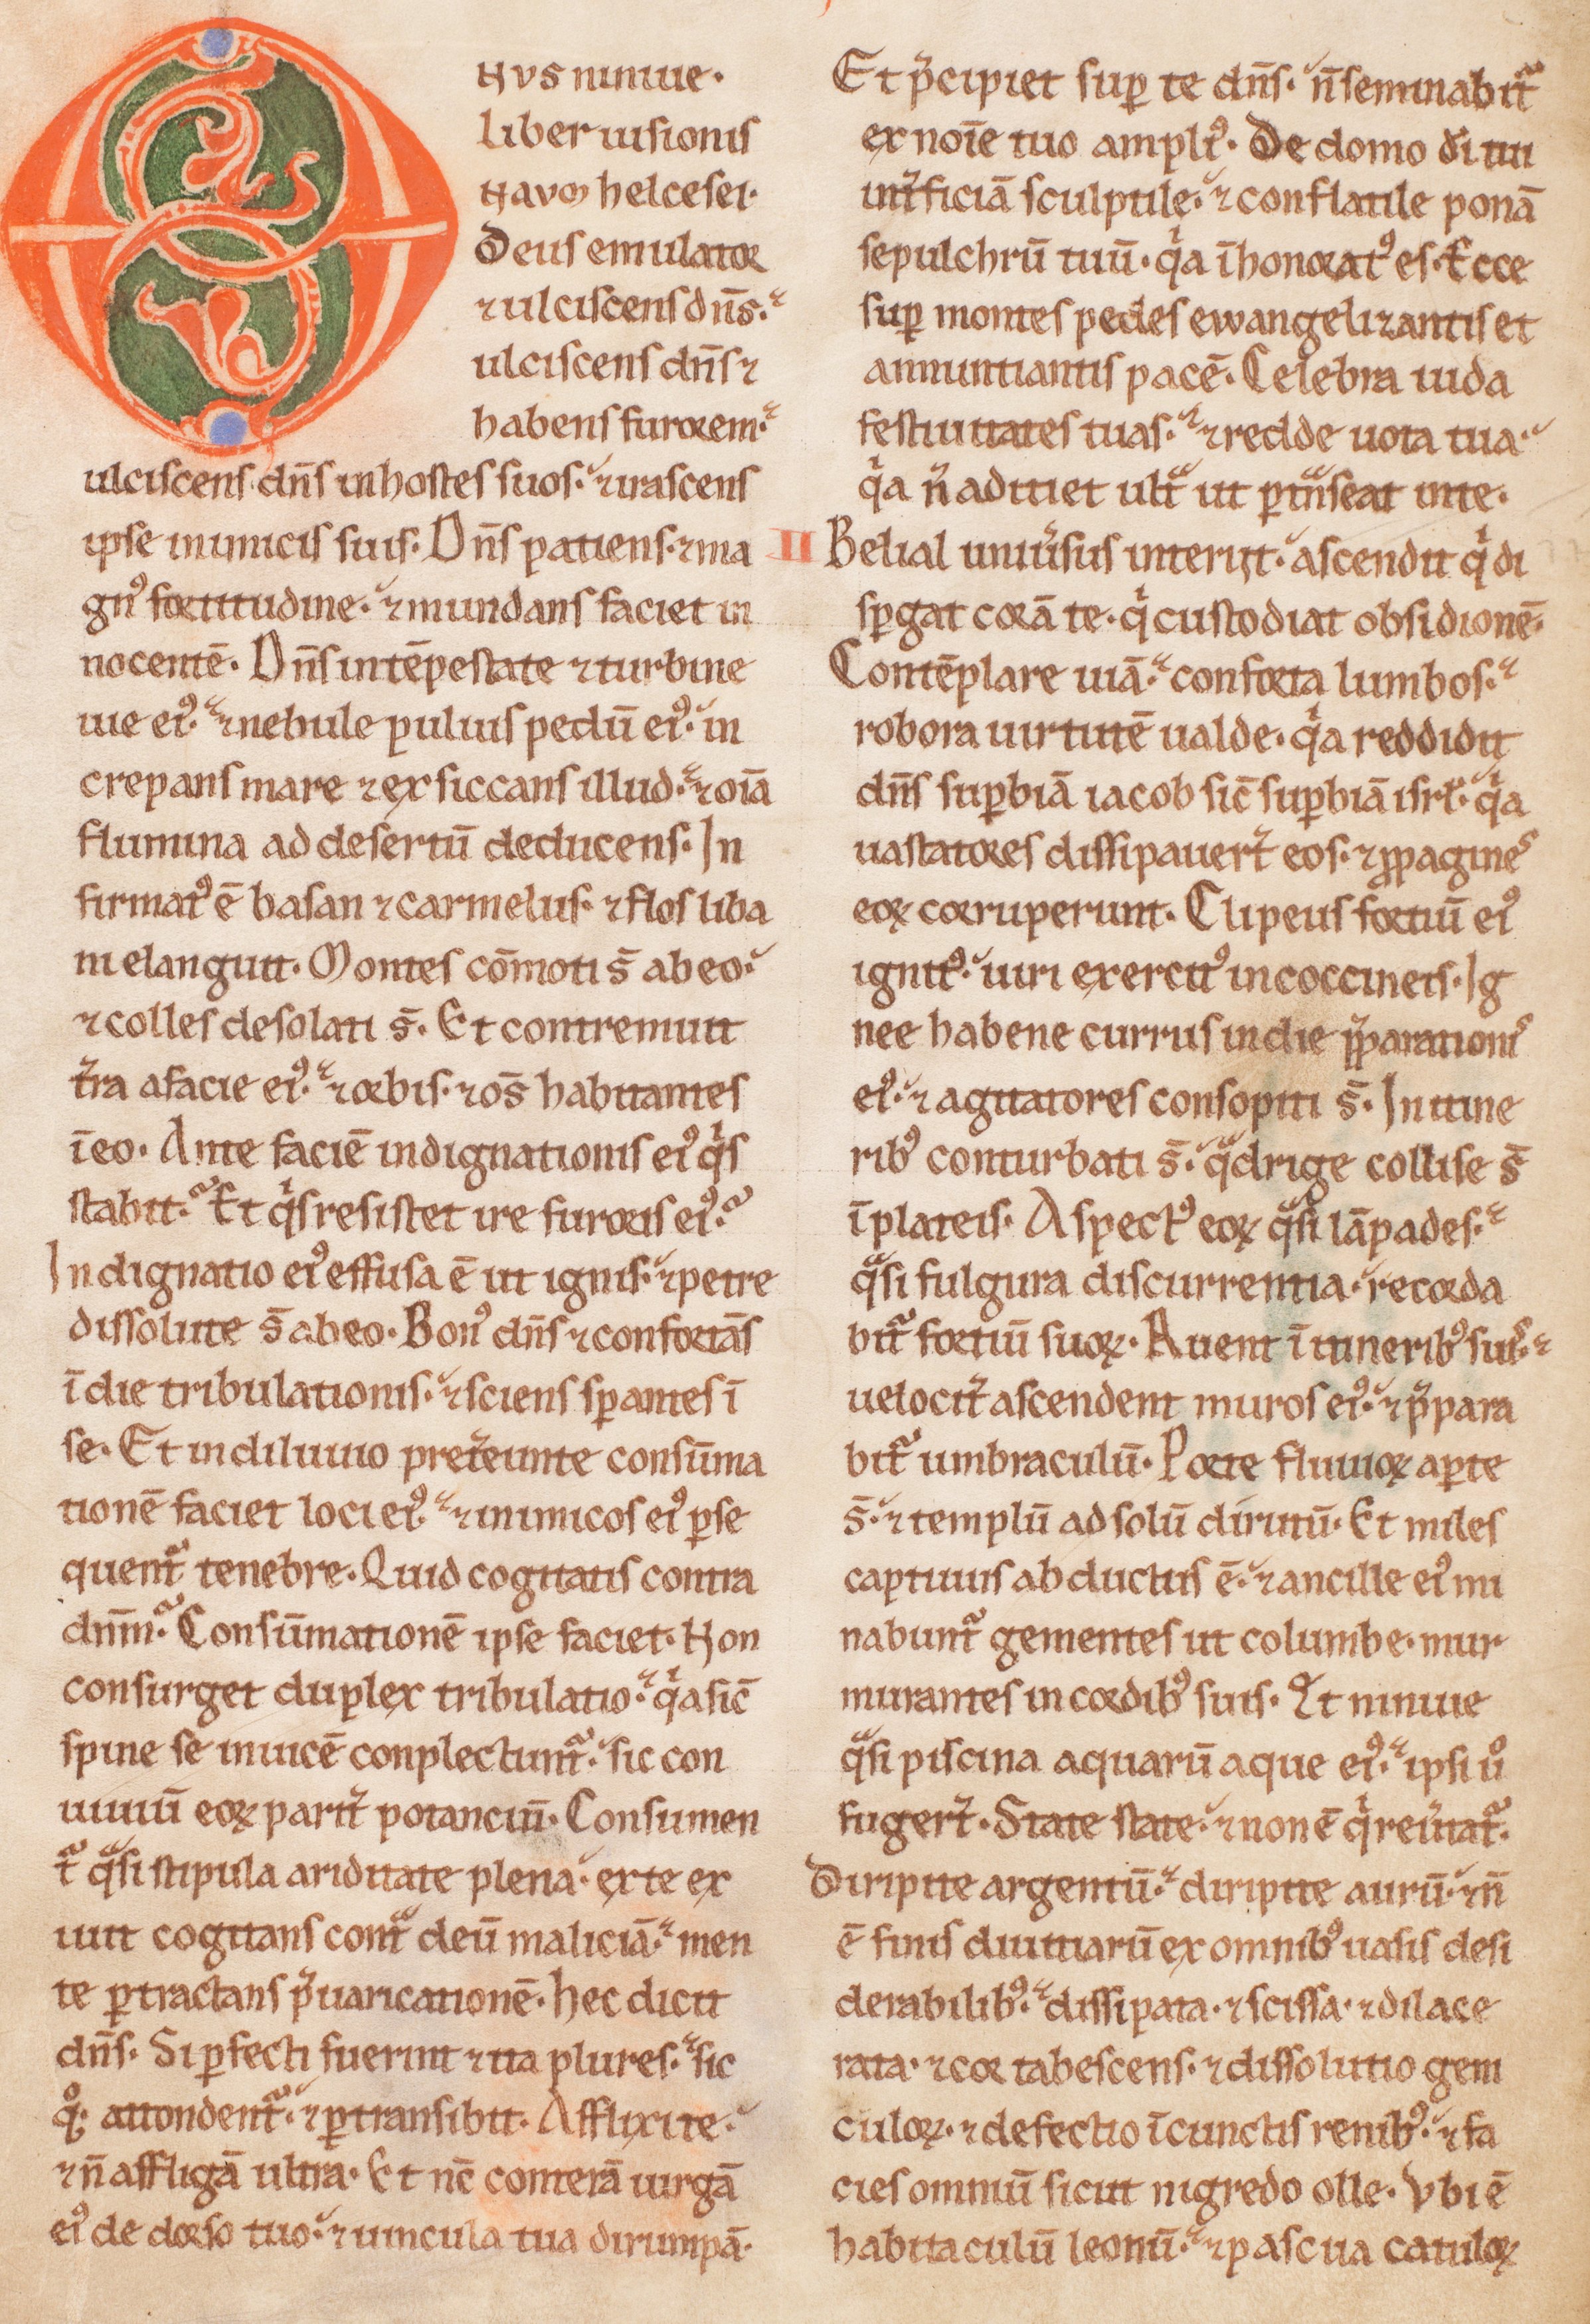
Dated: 1200–1249